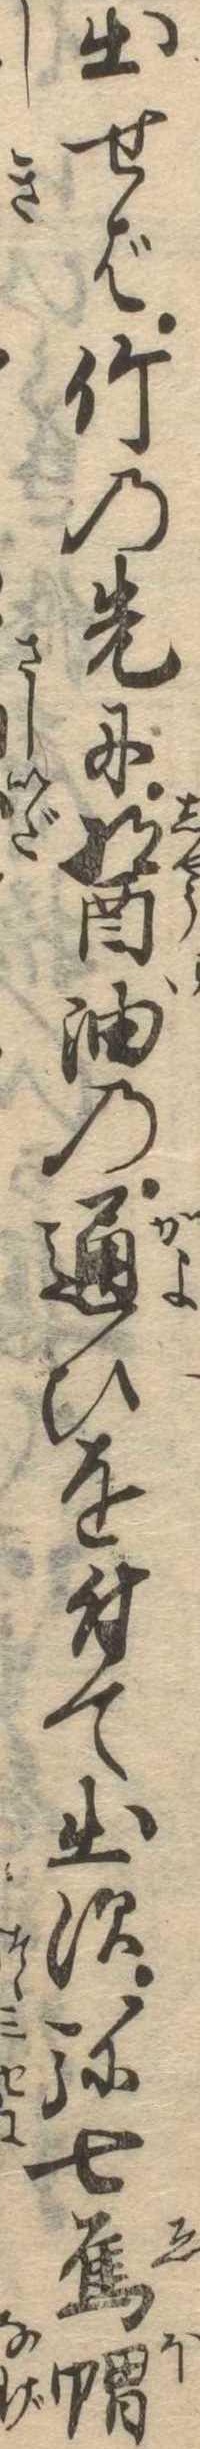
出せば竹の先に醤油の通ひを付て出す弥七烏帽